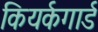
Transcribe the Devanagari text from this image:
कियर्कगार्ड